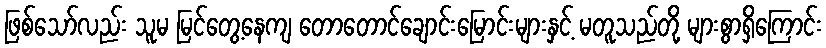
ဖြစ်သော်လည်း သူမ မြင်တွေ့နေကျ တောတောင်ချောင်းမြောင်းများနှင့် မတူသည်တို့ များစွာရှိကြောင်း